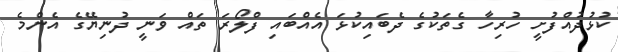
ކުޅުދުއްފުށީ ހުރިހާ ގެތަކުގެ ދެބައިކުޅަ އެއްބައި ފްލޯރަ ތައް ވަނީ ދުނިޔޭގެ އެންމެ